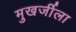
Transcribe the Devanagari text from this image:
मुखर्जीला